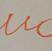
Signature authenticity: forged